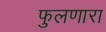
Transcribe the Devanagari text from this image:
फुलणारा